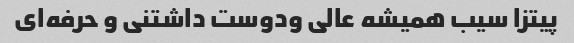
پیتزا سیب همیشه عالی ودوست داشتنی و حرفه‌ای